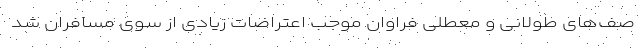
صف‌های طولانی و معطلی فراوان موجب اعتراضات زیادی از سوی مسافران شد